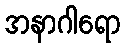
အနာဂါရော